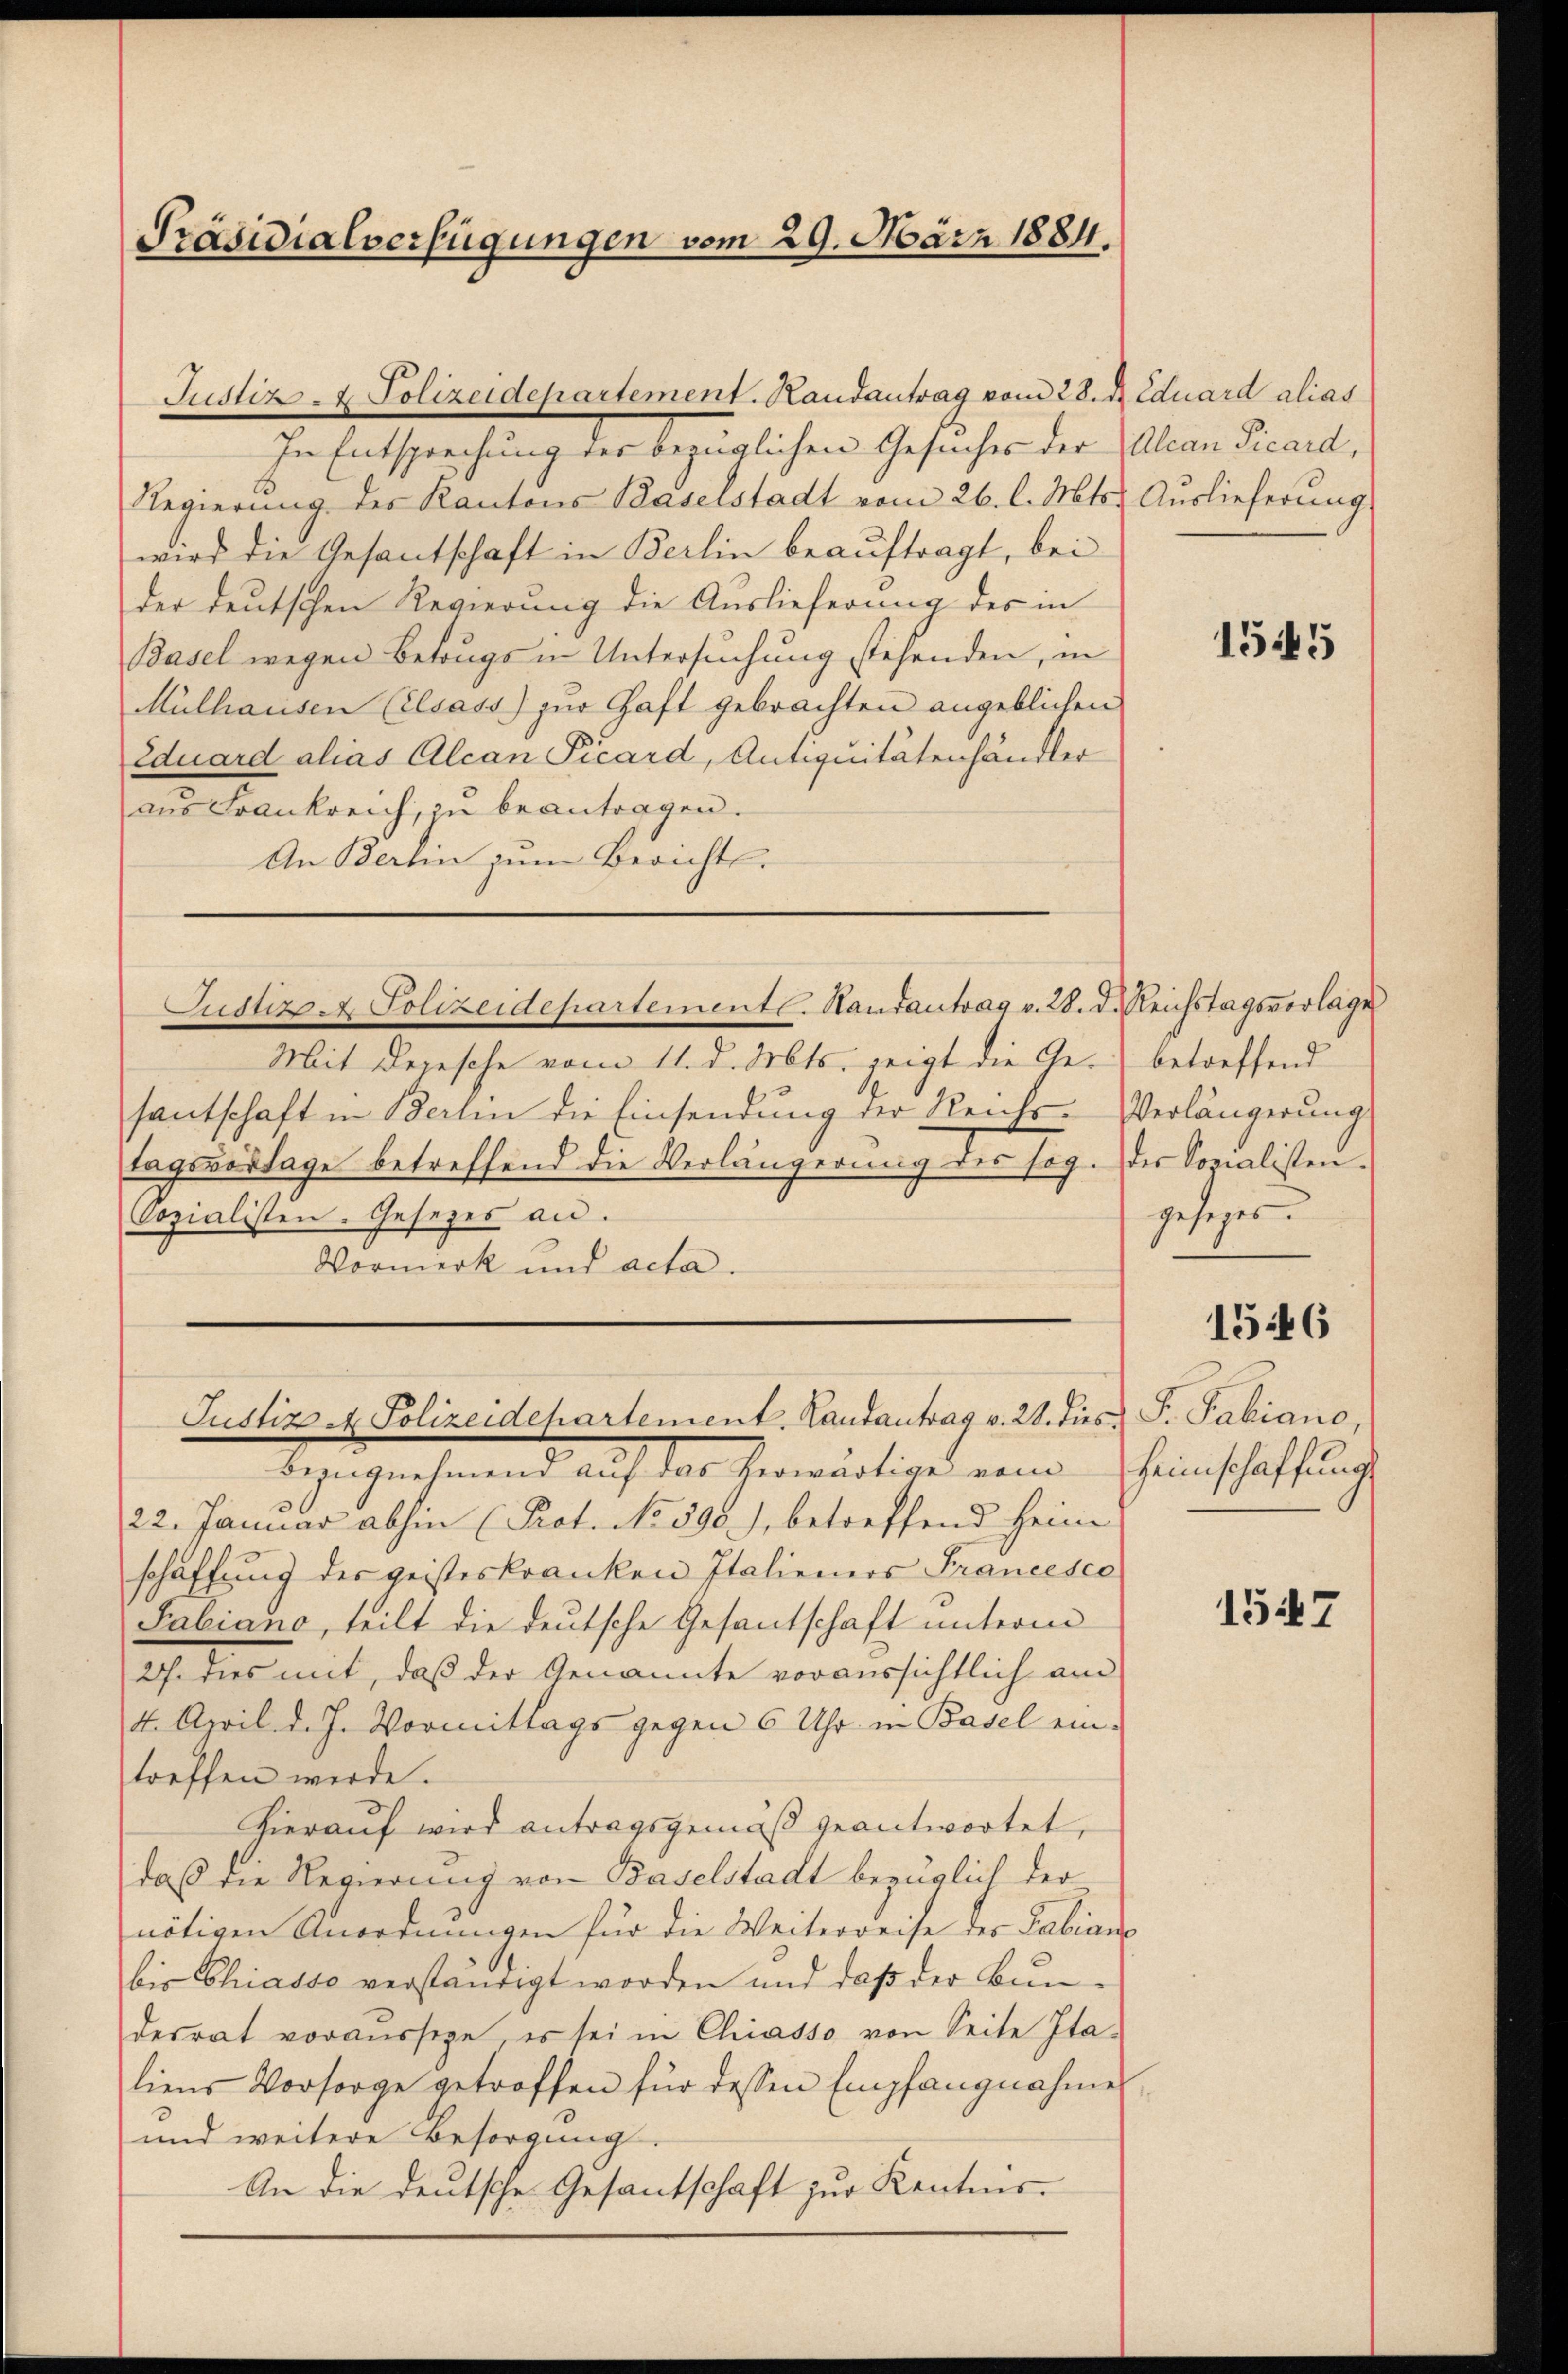
Präsidialverfügungen vom 29. März 1884.

In Entsprechung der bezüglichen Gesuches der
Regierung des Kantons Baselstadt vom 26. l. Mts.
wird die Gesantschaft in Berlin beauftragt, bei
der deutschen Regierung die Auslieferung des in
Basel wegen Betrugs in Untersuchung stehenden, in
Mülhausen (elsass) zur Haft gebrachten angeblichen
Eduard alias Alcan Picard, Antiquitätenhändler
aus Frankreich, zu beantragen.
An Berhin zum Berichts.
Mit Depesche vom 11. d. Mts. zeigt die Gesantschaft in Berlin die Einsendung der Reichs-
Lagsvorlage betreffend die Verlängerung des sog.
Sozialisten-Gesezes an.
Vormerk und acta.
Justiz - Polizeidepartement, Landantrag v. 28. dies
Bingnehmend auf das herwärtige vom
22. Januar abhin (Prot. No 398), betreffend Heim
schaffung des geisteskranken Italieners Francesca
Fabiano, teilt die deutsche Gesantschaft unterm
27. dies mit, daß der Genannte voraussichtlich am
4. April d. J. Vormittags gegen 6 Uhr in Basel ein-
treffen werde.
hierauf wird antragsgemäß geantwortet,
daß die Regierung von Baselstadt bezüglich der
nötigen Anordnungen für die Weiterreise des Fabian
bis Chiasso verständigt worden und daß der Bundesrat voraussage es sei in Chiasso von Seite Italiens Vorsorge getroffen für dessen Empfangnahme
und weitere Besorgung.
An die deutsche Gesantschaft zur Kenntnis-

Justiz - Polizeidepartement. Landantrag vom 28. d. Eduard alias

Justiz- & Polizeidepartementl. Handantrag v. 28. d. Reichstagsvorlage

Alcan Picard,
Auslieferung

1545

betreffend
Verlängerung
der Sozialisten.
gesezes.

F. Fabiano,
Heimschaffung

1546

1547